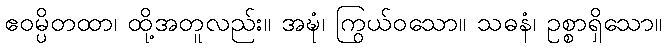
ဧဝမ္ပိတထာ၊ ထို့အတူလည်း။ အဍ္ဎံ၊ ကြွယ်ဝသော။ သဓနံ၊ ဥစ္စာရှိသော။